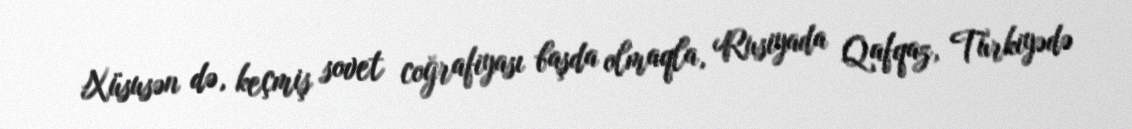
Xüsusən də, keçmiş sovet coğrafiyası başda olmaqla, Rusiyada Qafqaz, Türkiyədə